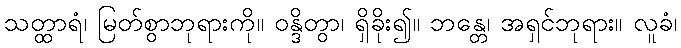
သတ္ထာရံ၊ မြတ်စွာဘုရားကို။ ဝန္ဒိတွာ၊ ရှိခိုး၍။ ဘန္တေ၊ အရှင်ဘုရား။ လူခံ၊